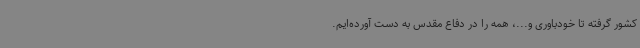
کشور گرفته تا خودباوری و...، همه را در دفاع مقدس به دست آورده‌ایم.